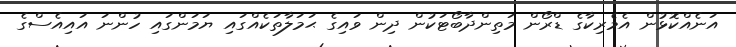
އަނެއްކޮޅުން އެމެރިކާގެ ޑްރޯން މަތިންދާބޯޓަކުން ދިން ވައިގެ ޙަމަލާތަކެއްގައި ޔަމަންގައި ހުންނަ އައިއެސްގެ